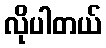
လိုပါတယ်